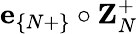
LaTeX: \textbf{e}_{\{ N+\} }\circ\textbf{Z}_{N}^{+}